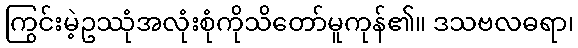
ကြွင်းမဲ့ဥဿုံအလုံးစုံကိုသိတော်မူကုန်၏။ ဒသဗလဓရာ၊